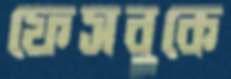
ফেসবুকে